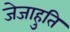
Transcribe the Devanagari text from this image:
जेजाहुति